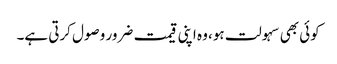
کوئی بھی سہولت ہو، وہ اپنی قیمت ضرور وصول کرتی ہے۔